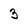
Character: 3